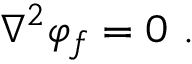
\nabla ^ { 2 } \varphi _ { f } = 0 \ .